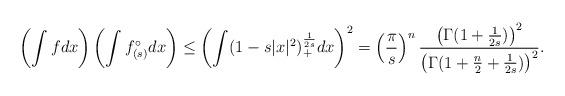
LaTeX: \begin{align*}\left(\int f dx \right) \left( \int f_{(s)}^{\circ} dx \right) \leq \left( \int (1-s |x|^2)_+^\frac{1}{2s}dx \right) ^2= \left(\frac{\pi}{s}\right)^n \frac{ \left(\Gamma(1+\frac{1}{2s})\right)^2}{ \left(\Gamma(1+\frac{n}{2}+\frac{1}{2s})\right)^2}.\end{align*}